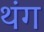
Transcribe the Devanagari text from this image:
थंग